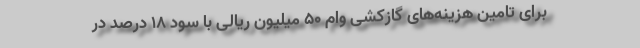
برای تامین هزینه‌های گازکشی وام ۵۰ میلیون ریالی با سود ۱۸ درصد در